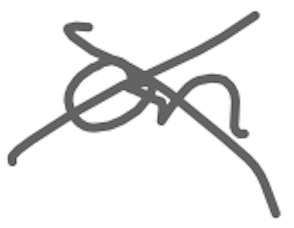
Text: on
Cross-out: cross
Writing tool: digital_gray